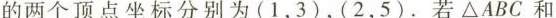
的两个顶点坐标分别为(1，3)，(2，5)。若ΔABC和